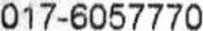
017-6057770